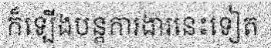
ក៏ឡើងបន្តការងារនេះទៀត